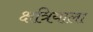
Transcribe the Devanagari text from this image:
क्षत्रियाला